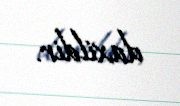
daxildir.